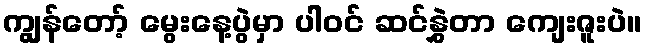
ကျွန်တော့် မွေးနေ့ပွဲမှာ ပါဝင် ဆင်နွှဲတာ ကျေးဇူးပဲ။